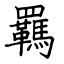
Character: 羈